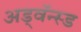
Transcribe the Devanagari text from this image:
अड्वॅन्स्ड